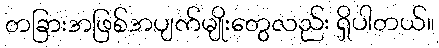
တခြားအဖြစ်အပျက်မျိုးတွေလည်း ရှိပါတယ်။